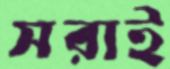
সরাই